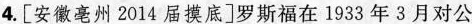
4.[安徽亳州2014届摸底]罗斯福在1933年3月对公